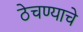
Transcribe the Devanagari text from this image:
ठेचण्याचे